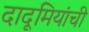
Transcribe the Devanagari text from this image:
दादूमियांची